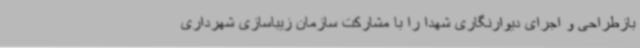
بازطراحی و اجرای دیوارنگاری شهدا را با مشارکت سازمان زیباسازی شهرداری